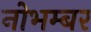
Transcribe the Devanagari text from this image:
नोभम्बर